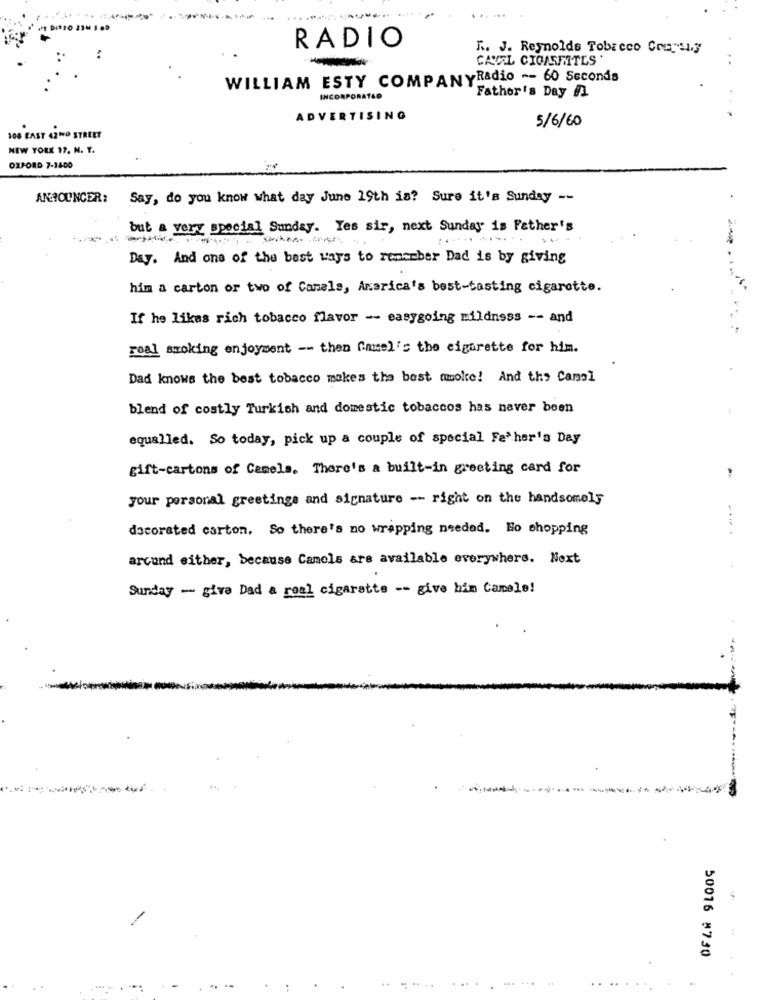
RADIO
R. J. Reynolds Tobacco Con u.s
CAVEL CIOUSFITES
WILLIAM ESTY COMPANYRadio -- 60 Seconds
INCORPORATED
Father's Day /3
ADVERTISING
5/6/60
100 EAST 4210 STREET
NEW YORK 17, N. Y.
OXFORD 7-14:00
ANNOUNCER:
Say, do you know what day June 19th is? Sure it's Sunday --
but a very special Sunday. Yes sir, next Sunday is Father's
Day. And one of the best ways to remember Dad is by giving
him a carton or two of Camels, America's best-tasting cigarette.
- - --
If he likes rich tobacco flavor - easygoing mildness -- and
real smoking enjoyment -- then "musel's the cigarette for him.
Dad knows the best tobacco makes the best amolte! And the Camel
blend of costly Turkish and domestic tobaccos has never been
equalled. So today, pick up a couple of special Father's Day
gift-cartons of Camels. There's a built-in greeting card for
your personal greetings and signature -- right on the handsomels
decorated carton. So there's no wrapping needed. Ho shopping
-.. .
arcund either, because Camels are available everywhere. Next
Sunday - give Dad a real cigarette -- give him Camale!
50016 8730
... ..
..